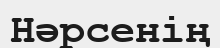
Нәрсенің